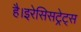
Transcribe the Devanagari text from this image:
है।इरेसिसट्रेट्स